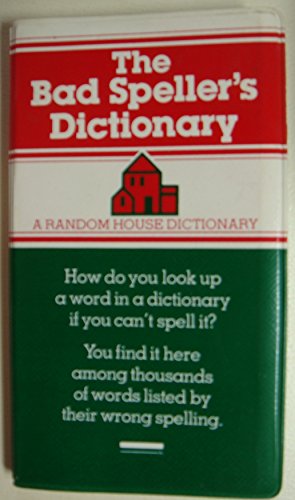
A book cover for The Bad Speller's Dictionary; Joseph; Jordan L. Linfiled Krevisky; Reference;